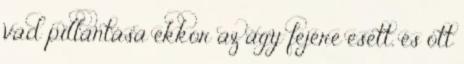
vad pillantása ekkor az ágy fejére esett, és ott